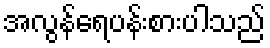
အလွန်ရေပန်းစားပါသည်